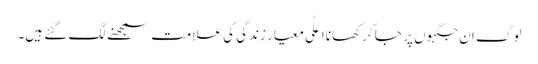
لوگ ان جگہوں پر جا کر کھانا اعلٰی معیار زندگی کی علامت سمجھنے لگ گئے ہیں۔